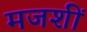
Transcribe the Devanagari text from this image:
मजशीं